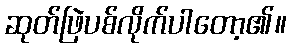
ဆုတ်ဖြဲပစ်လိုက်ပါတော့၏။